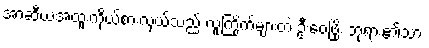
အာဆီယံအထူးကိုယ်စားလှယ်သည် လူကြိုက်များတဲ့ ဦးဝေဖြိုး ဘုရား၏သား